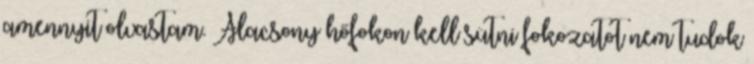
amennyit olvastam. Alacsony hőfokon kell sütni fokozatot nem tudok